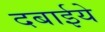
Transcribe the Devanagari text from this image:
दबाईये